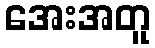
အေးအတူ